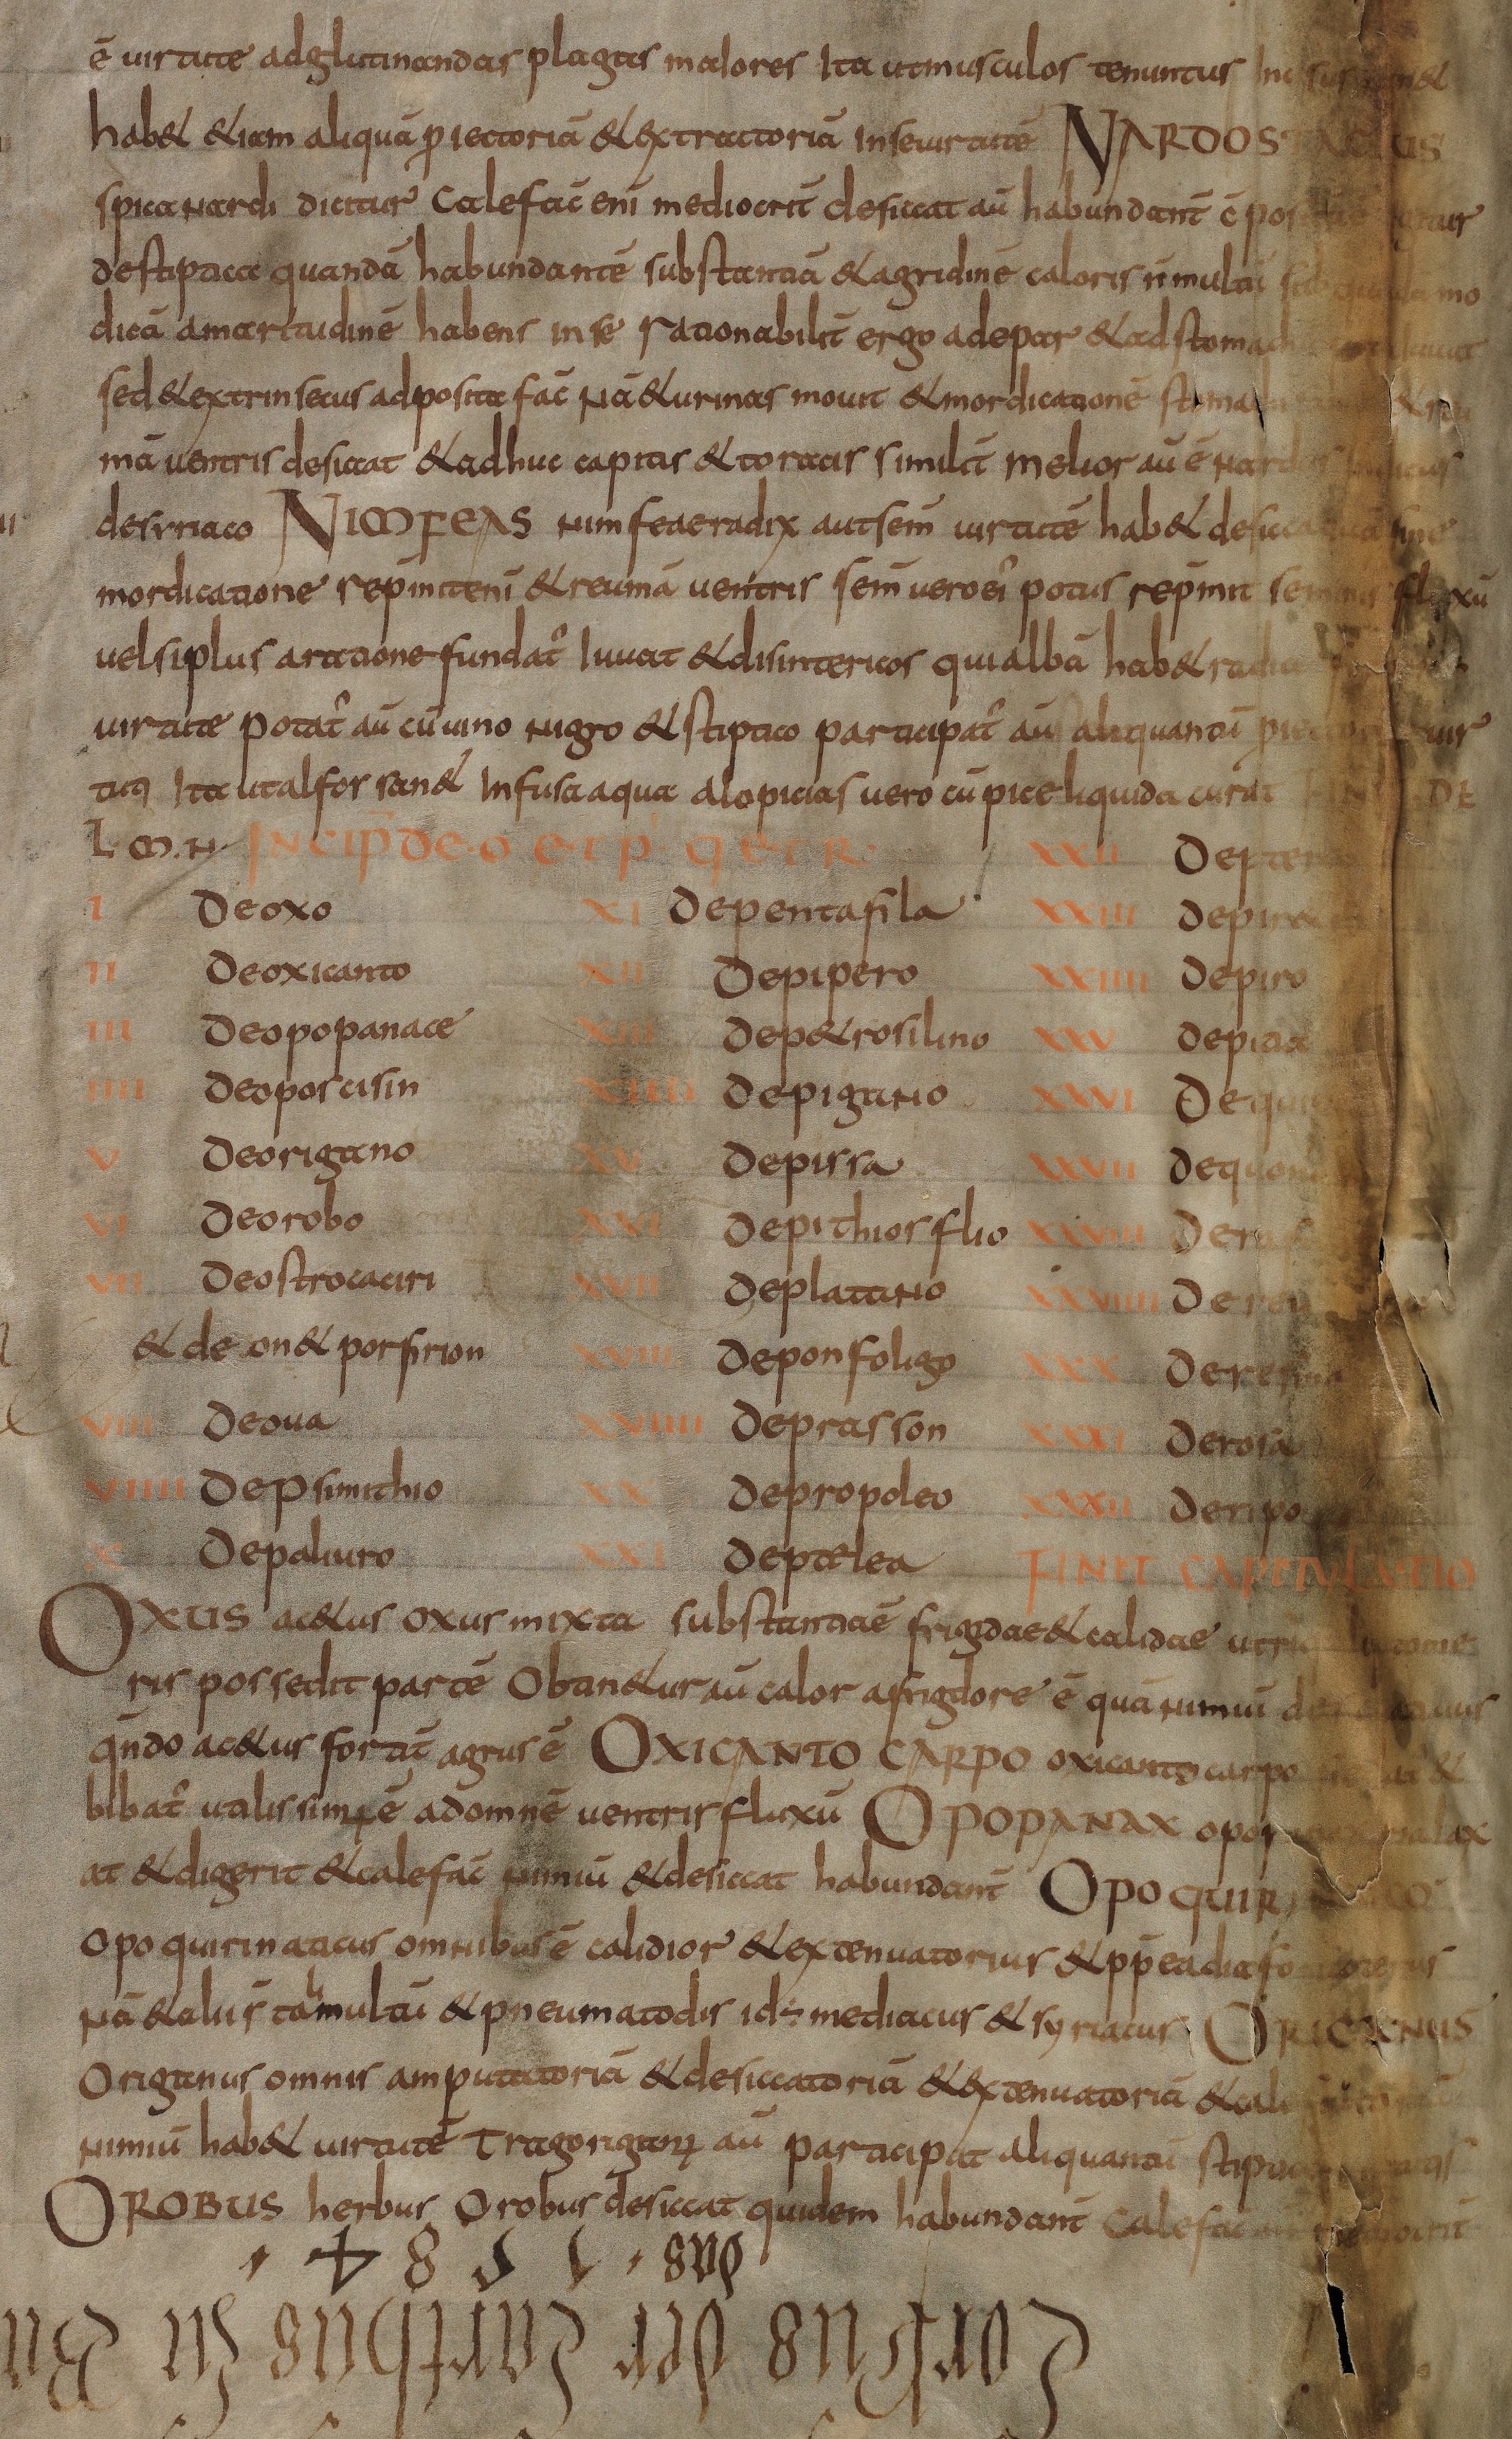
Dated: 800–830